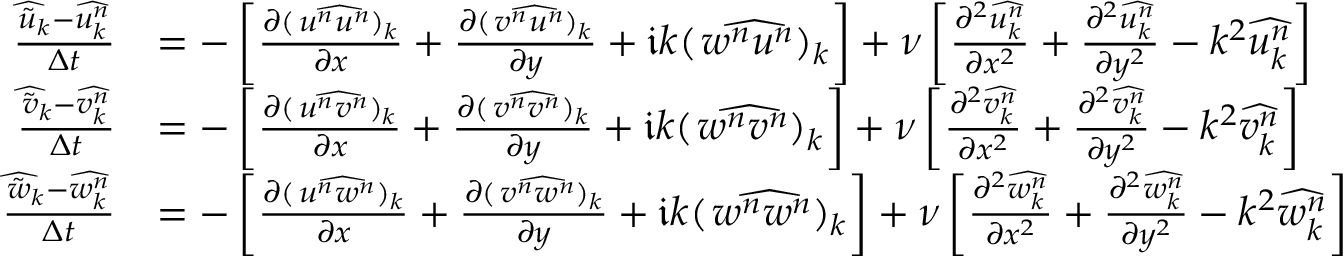
\begin{array} { r l } { \frac { \widehat { \tilde { u } _ { k } } - \widehat { u _ { k } ^ { n } } } { \Delta t } } & { = - \left[ \frac { \partial \widehat { ( \left. u ^ { n } u ^ { n } \right) _ { k } } } { \partial x } + \frac { \partial \widehat { ( \left. v ^ { n } u ^ { n } \right) _ { k } } } { \partial y } + \mathfrak { i } k \widehat { ( \left. w ^ { n } u ^ { n } \right) _ { k } } \right] + \nu \left[ \frac { \partial ^ { 2 } \widehat { u _ { k } ^ { n } } } { \partial x ^ { 2 } } + \frac { \partial ^ { 2 } \widehat { u _ { k } ^ { n } } } { \partial y ^ { 2 } } - k ^ { 2 } \widehat { u _ { k } ^ { n } } \right] } \\ { \frac { \widehat { \tilde { v } _ { k } } - \widehat { v _ { k } ^ { n } } } { \Delta t } } & { = - \left[ \frac { \partial \widehat { ( \left. u ^ { n } v ^ { n } \right) _ { k } } } { \partial x } + \frac { \partial \widehat { ( \left. v ^ { n } v ^ { n } \right) _ { k } } } { \partial y } + \mathfrak { i } k \widehat { ( \left. w ^ { n } v ^ { n } \right) _ { k } } \right] + \nu \left[ \frac { \partial ^ { 2 } \widehat { v _ { k } ^ { n } } } { \partial x ^ { 2 } } + \frac { \partial ^ { 2 } \widehat { v _ { k } ^ { n } } } { \partial y ^ { 2 } } - k ^ { 2 } \widehat { v _ { k } ^ { n } } \right] } \\ { \frac { \widehat { \tilde { w } _ { k } } - \widehat { w _ { k } ^ { n } } } { \Delta t } } & { = - \left[ \frac { \partial \widehat { ( \left. u ^ { n } w ^ { n } \right) _ { k } } } { \partial x } + \frac { \partial \widehat { ( \left. v ^ { n } w ^ { n } \right) _ { k } } } { \partial y } + \mathfrak { i } k \widehat { ( \left. w ^ { n } w ^ { n } \right) _ { k } } \right] + \nu \left[ \frac { \partial ^ { 2 } \widehat { w _ { k } ^ { n } } } { \partial x ^ { 2 } } + \frac { \partial ^ { 2 } \widehat { w _ { k } ^ { n } } } { \partial y ^ { 2 } } - k ^ { 2 } \widehat { w _ { k } ^ { n } } \right] } \end{array}